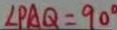
\angle P A Q = 9 0 ^ { \circ }